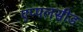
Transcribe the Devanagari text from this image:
एप्पलसीड